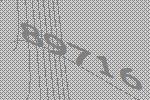
89716